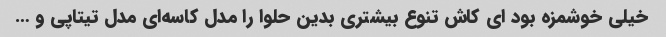
خیلی خوشمزه بود ای کاش تنوع بیشتری بدین حلوا را مدل کاسه‌ای مدل تیتاپی و …